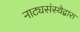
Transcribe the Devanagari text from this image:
नाट्यसंस्थेद्वारा